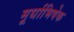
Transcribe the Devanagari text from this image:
मूर्धाभिषेक